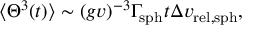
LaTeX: \langle \Theta ^ { 3 } ( t ) \rangle \sim ( g v ) ^ { - 3 } \Gamma _ { \mathrm { s p h } } t \Delta v _ { \mathrm { r e l , s p h } } ,